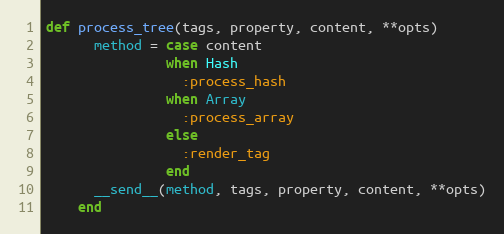
Language: Ruby
def process_tree(tags, property, content, **opts)
      method = case content
               when Hash
                 :process_hash
               when Array
                 :process_array
               else
                 :render_tag
               end
      __send__(method, tags, property, content, **opts)
    end